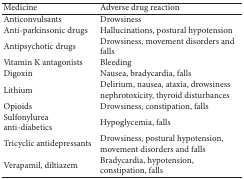
| Medicine | Adverse drug reaction |
 | --- | --- |
 | Anticonvulsants | Drowsiness |
 | Anti-parkinsonic drugs | Hallucinations, postural hypotension |
 | Antipsychotic drugs | Drowsiness, movement disorders and falls |
 | Vitamin K antagonists | Bleeding |
 | Digoxin | Nausea, bradycardia, falls |
 | Lithium | Delirium, nausea, ataxia, drowsiness nephrotoxicity, thyroid disturbances |
 | Opioids | Drowsiness, constipation, falls |
 | Sulfonylurea anti-diabetics | Hypoglycemia, falls |
 | Tricyclic antidepressants | Drowsiness, postural hypotension, movement disorders and falls |
 | Verapamil, diltiazem | Bradycardia, hypotension, constipation, falls |